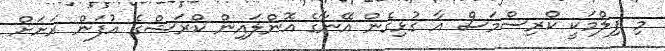
މި ފިލްމަކީ ކްރިސްމަސް އާ ގުޅިގެން އޭނާގެ އޮންލައިން ކްރަޝްގެ އުފަން ރަށަށް